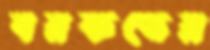
বরকতের